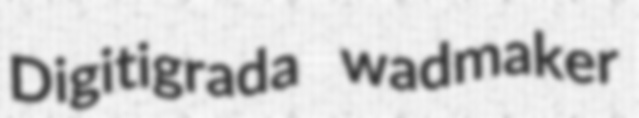
Digitigrada wadmaker